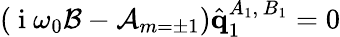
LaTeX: \left(\mathrm{~i~}\omega_{0}\mathcal{B}-\mathcal{A}_{m=\pm 1}\right)\hat{\mathbf{q}}_{1}^{A_{1},\, B_{1}}=0